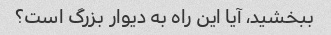
ببخشید، آیا این راه به دیوار بزرگ است؟